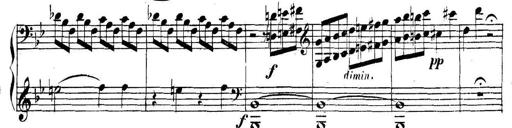
Title: Collected Piano Sonatas
Composer: Muzio Clementi